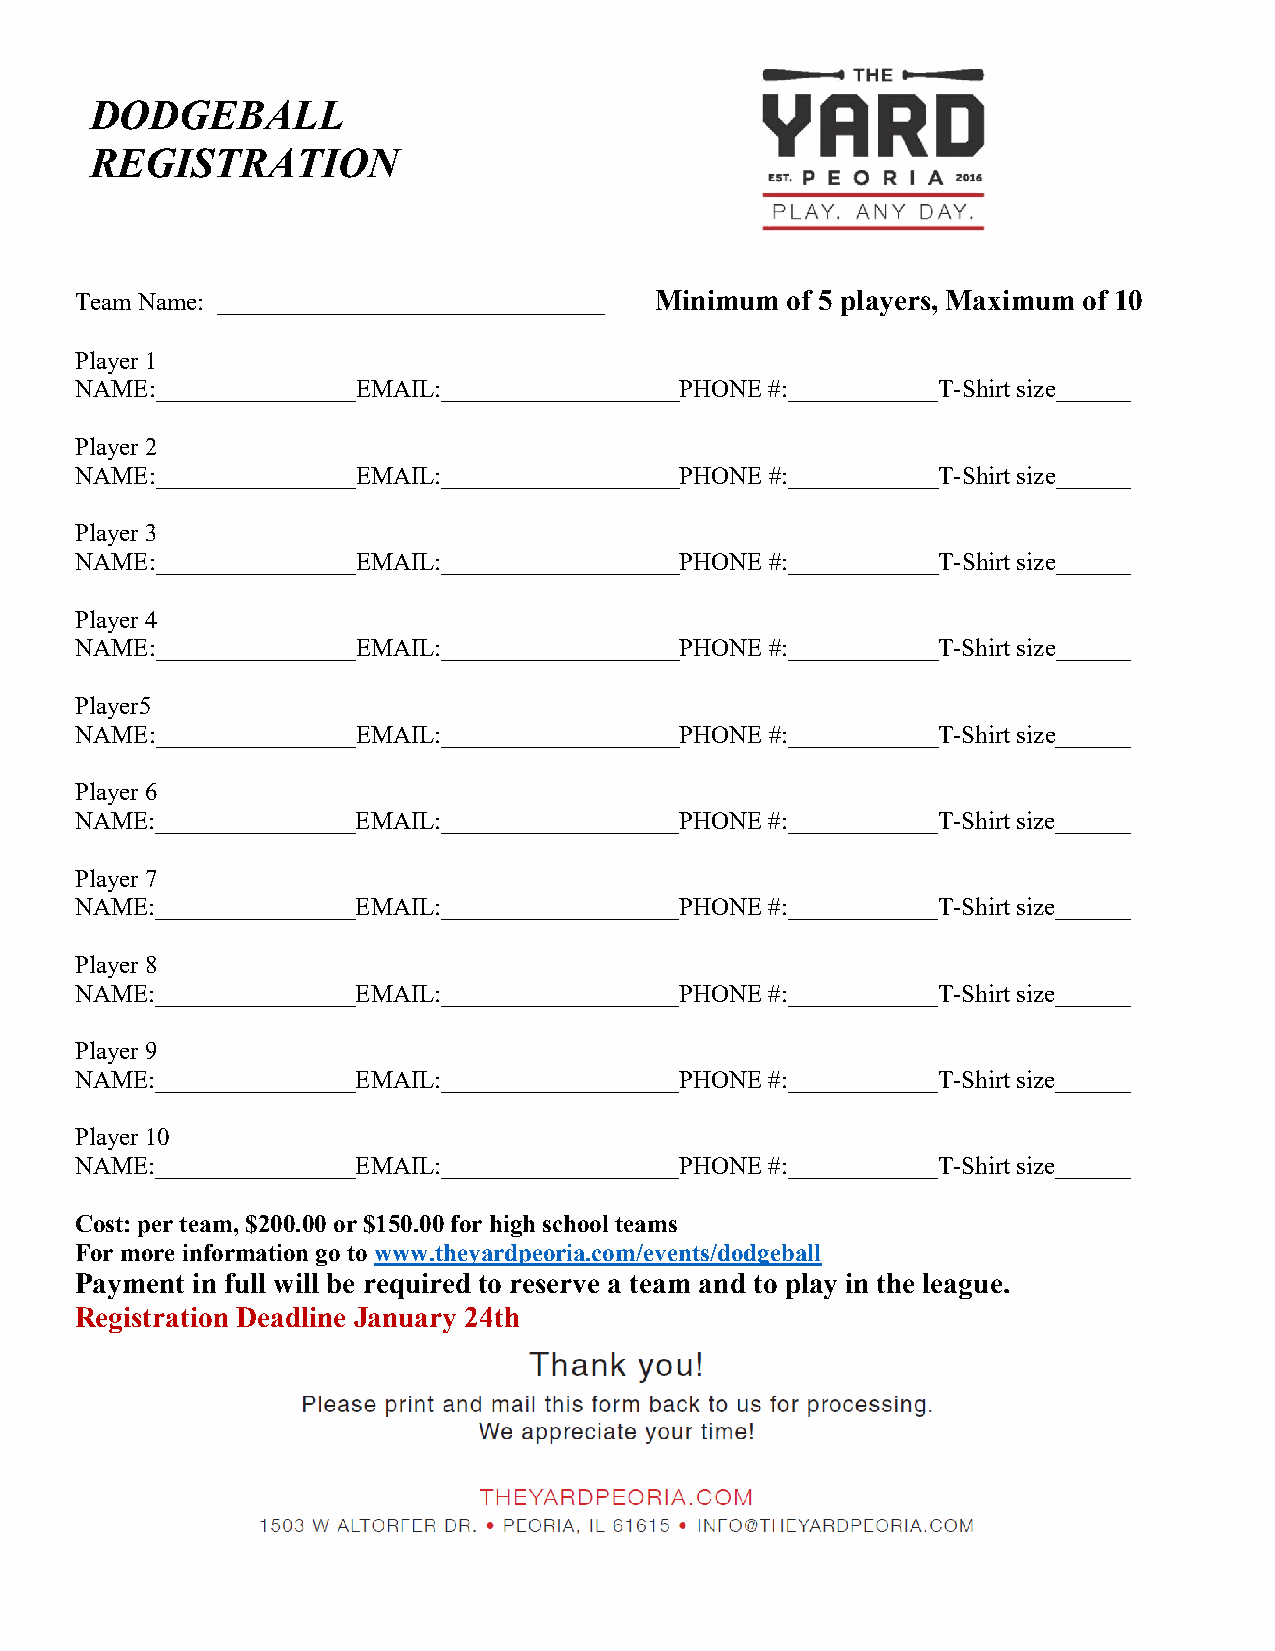
DODGEBALL
 REGISTRATION
 Team Name: _______________________________ Minimum of 5 players, Maximum of 10
 Player 1
 NAME:________________EMAIL:___________________PHONE #:____________T-Shirt size______
 Player 2
 NAME:________________EMAIL:___________________PHONE #:____________T-Shirt size______
 Player 3
 NAME:________________EMAIL:___________________PHONE #:____________T-Shirt size______
 Player 4
 NAME:________________EMAIL:___________________PHONE #:____________T-Shirt size______
 Player5
 NAME:________________EMAIL:___________________PHONE #:____________T-Shirt size______
 Player 6
 NAME:________________EMAIL:___________________PHONE #:____________T-Shirt size______
 Player 7
 NAME:________________EMAIL:___________________PHONE #:____________T-Shirt size______
 Player 8
 NAME:________________EMAIL:___________________PHONE #:____________T-Shirt size______
 Player 9
 NAME:________________EMAIL:___________________PHONE #:____________T-Shirt size______
 Player 10
 NAME:________________EMAIL:___________________PHONE #:____________T-Shirt size______
 Cost: per team, $200.00 or $150.00 for high school teams
 For more information go to www.theyardpeoria.com/events/dodgeball
 Payment in full will be required to reserve a team and to play in the league.
 Registration Deadline January 24th